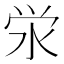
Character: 泶